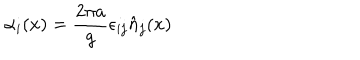
\alpha _ { i } ( x ) = \frac { 2 \pi a } { g } \epsilon _ { i j } \hat { n } _ { j } ( x )